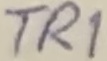
Text: TR1